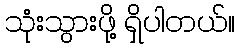
သုံးသွားဖို့ ရှိပါတယ်။